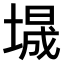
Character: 𫮕